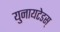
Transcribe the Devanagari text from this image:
युनायटेडस्